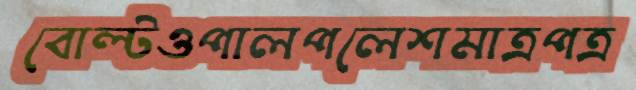
বোল্টওপালপলেশমাত্রপত্র